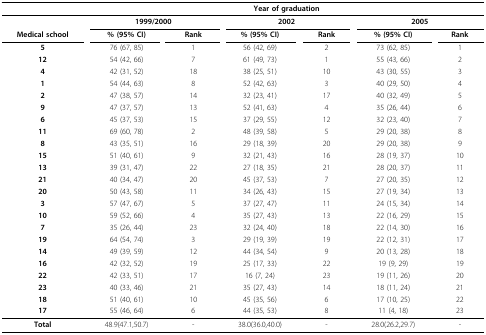
<table><thead><tr><td></td><td colspan="6"><b>Year of graduation</b></td></tr></thead><tbody><tr><td></td><td colspan="2"><b>1999/2000</b></td><td colspan="2"><b>2002</b></td><td colspan="2"><b>2005</b></td></tr><tr><td><b>Medical school</b></td><td><b>% (95% CI)</b></td><td><b>Rank</b></td><td><b>% (95% CI)</b></td><td><b>Rank</b></td><td><b>% (95% CI)</b></td><td><b>Rank</b></td></tr><tr><td><b>5</b></td><td>76 (67, 85)</td><td>1</td><td>56 (42, 69)</td><td>2</td><td>73 (62, 85)</td><td>1</td></tr><tr><td><b>12</b></td><td>54 (42, 66)</td><td>7</td><td>61 (49, 73)</td><td>1</td><td>55 (43, 66)</td><td>2</td></tr><tr><td><b>4</b></td><td>42 (31, 52)</td><td>18</td><td>38 (25, 51)</td><td>10</td><td>43 (30, 55)</td><td>3</td></tr><tr><td><b>1</b></td><td>54 (44, 63)</td><td>8</td><td>52 (42, 63)</td><td>3</td><td>40 (29, 50)</td><td>4</td></tr><tr><td><b>2</b></td><td>47 (38, 57)</td><td>14</td><td>32 (23, 41)</td><td>17</td><td>40 (32, 49)</td><td>5</td></tr><tr><td><b>9</b></td><td>47 (37, 57)</td><td>13</td><td>52 (41, 63)</td><td>4</td><td>35 (26, 44)</td><td>6</td></tr><tr><td><b>6</b></td><td>45 (37, 53)</td><td>15</td><td>37 (29, 55)</td><td>12</td><td>32 (23, 40)</td><td>7</td></tr><tr><td><b>11</b></td><td>69 (60, 78)</td><td>2</td><td>48 (39, 58)</td><td>5</td><td>29 (20, 38)</td><td>8</td></tr><tr><td><b>8</b></td><td>43 (35, 51)</td><td>16</td><td>29 (18, 39)</td><td>20</td><td>29 (20, 38)</td><td>9</td></tr><tr><td><b>15</b></td><td>51 (40, 61)</td><td>9</td><td>32 (21, 43)</td><td>16</td><td>28 (19, 37)</td><td>10</td></tr><tr><td><b>13</b></td><td>39 (31, 47)</td><td>22</td><td>27 (18, 35)</td><td>21</td><td>28 (20, 37)</td><td>11</td></tr><tr><td><b>21</b></td><td>40 (34, 47)</td><td>20</td><td>45 (37, 53)</td><td>7</td><td>27 (20, 35)</td><td>12</td></tr><tr><td><b>20</b></td><td>50 (43, 58)</td><td>11</td><td>34 (26, 43)</td><td>15</td><td>27 (19, 34)</td><td>13</td></tr><tr><td><b>3</b></td><td>57 (47, 67)</td><td>5</td><td>37 (27, 47)</td><td>11</td><td>24 (15, 34)</td><td>14</td></tr><tr><td><b>10</b></td><td>59 (52, 66)</td><td>4</td><td>35 (27, 43)</td><td>13</td><td>22 (16, 29)</td><td>15</td></tr><tr><td><b>7</b></td><td>35 (26, 44)</td><td>23</td><td>32 (24, 40)</td><td>18</td><td>22 (14, 30)</td><td>16</td></tr><tr><td><b>19</b></td><td>64 (54, 74)</td><td>3</td><td>29 (19, 39)</td><td>19</td><td>22 (12, 31)</td><td>17</td></tr><tr><td><b>14</b></td><td>49 (39, 59)</td><td>12</td><td>44 (34, 54)</td><td>9</td><td>20 (13, 28)</td><td>18</td></tr><tr><td><b>16</b></td><td>42 (32, 52)</td><td>19</td><td>25 (17, 33)</td><td>22</td><td>19 (9, 29)</td><td>19</td></tr><tr><td><b>22</b></td><td>42 (33, 51)</td><td>17</td><td>16 (7, 24)</td><td>23</td><td>19 (11, 26)</td><td>20</td></tr><tr><td><b>23</b></td><td>40 (33, 46)</td><td>21</td><td>35 (27, 43)</td><td>14</td><td>18 (11, 24)</td><td>21</td></tr><tr><td><b>18</b></td><td>51 (40, 61)</td><td>10</td><td>45 (35, 56)</td><td>6</td><td>17 (10, 25)</td><td>22</td></tr><tr><td><b>17</b></td><td>55 (46, 64)</td><td>6</td><td>44 (35, 53)</td><td>8</td><td>11 (4, 18)</td><td>23</td></tr><tr><td><b>Total</b></td><td>48.9(47.1,50.7)</td><td>-</td><td>38.0(36.0,40.0)</td><td>-</td><td>28.0(26.2,29.7)</td><td>-</td></tr></tbody></table>